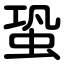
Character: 蛩